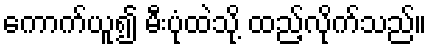
ကောက်ယူ၍ မီးပုံထဲသို့ ထည့်လိုက်သည်။